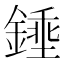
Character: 𨪰